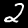
Label: 2